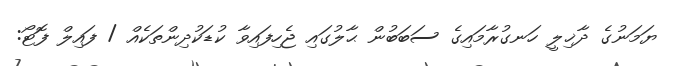
ޔަމަނުގެ ދާޚިލީ ހަނގުރާމައިގެ ސަބަބުން ޙާލުގައި ޖެހިފައިވާ ކުޑަކުދިންތަކެއް / ފައިލް ފޮޓޯ: